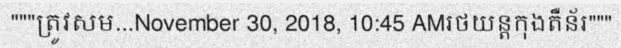
"""ត្រូវសម...November 30, 2018, 10:45 AMរថយន្តកុងតឺន័រ"""